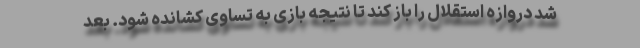
شد دروازه استقلال را باز کند تا نتیجه بازی به تساوی کشانده شود. بعد